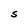
Character: S